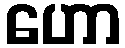
ဟော